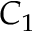
C _ { 1 }